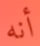
أنه